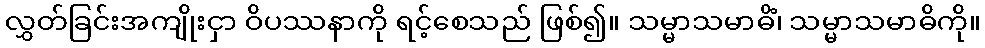
လွှတ်ခြင်းအကျိုးငှာ ဝိပဿနာကို ရင့်စေသည် ဖြစ်၍။ သမ္မာသမာဓိံ၊ သမ္မာသမာဓိကို။